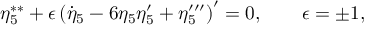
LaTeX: \eta _ { 5 } ^ { \ast \ast } + \epsilon \left( \dot { \eta } _ { 5 } - 6 \eta _ { 5 } \eta _ { 5 } ^ { \prime } + \eta _ { 5 } ^ { \prime \prime \prime } \right) ^ { \prime } = 0 , \qquad \epsilon = \pm 1 ,